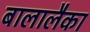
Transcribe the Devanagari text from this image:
बालालैका